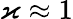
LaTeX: \varkappa\approx 1